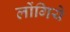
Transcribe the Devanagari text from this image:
लोंगिये